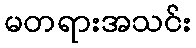
မတရားအသင်း